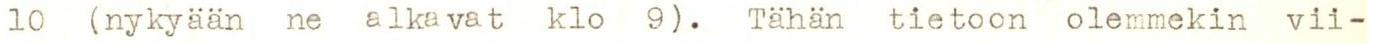
10 (nykyään ne alkavat klo 9). Tähän tietoon olemmekin vii-